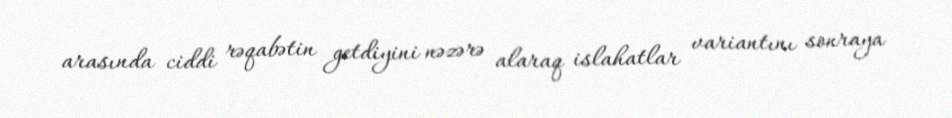
arasında ciddi rəqabətin getdiyini nəzərə alaraq islahatlar variantını sonraya